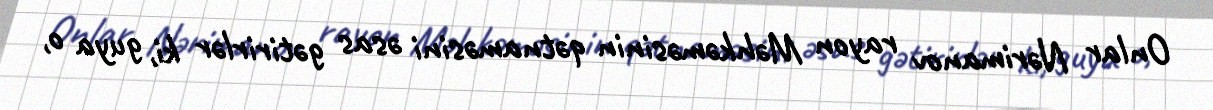
Onlar Nərimanov rayon Məhkəməsinin qətnaməsini əsas gətirirlər ki, guya o,